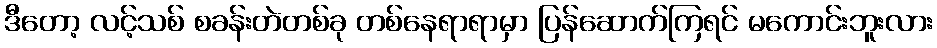
ဒီတော့ လင့်သစ် စခန်းတဲတစ်ခု တစ်နေရာရာမှာ ပြန်ဆောက်ကြရင် မကောင်းဘူးလား